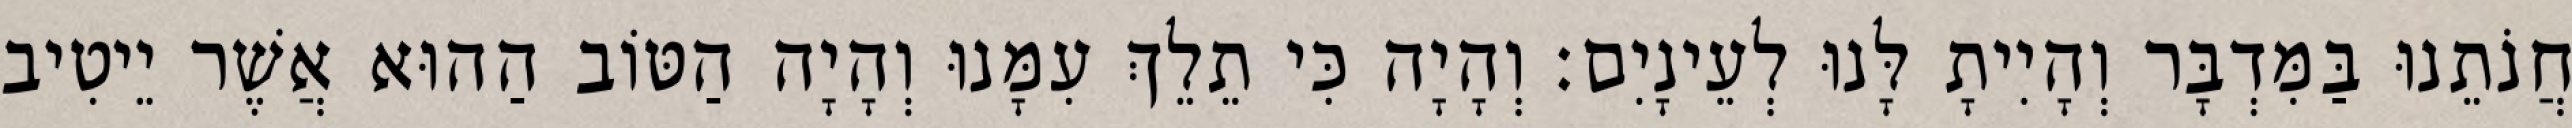
חֲנֹתֵנוּ בַּמִּדְבָּר וְהָיִיתָ לָּנוּ לְעֵינָיִם׃ וְהָיָה כִּי תֵלֵךְ עִמָּנוּ וְהָיָה הַטּוֹב הַהוּא אֲשֶׁר יֵיטִיב